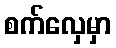
စက်လှေမှာ